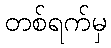
တစ်ရက်မှ